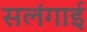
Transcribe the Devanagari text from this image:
सलंगाई